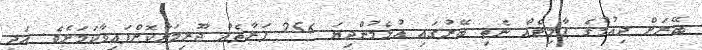
ބޭރަށް ދިއުމުގެ ޕާމިޓެއް ނެތި ބޭރުގައި އުޅެމުންދިޔަ 256 ފަރާތެއް ޖޫރިމަނާކޮށްފައިވާކަމަށެވެ. އަދި